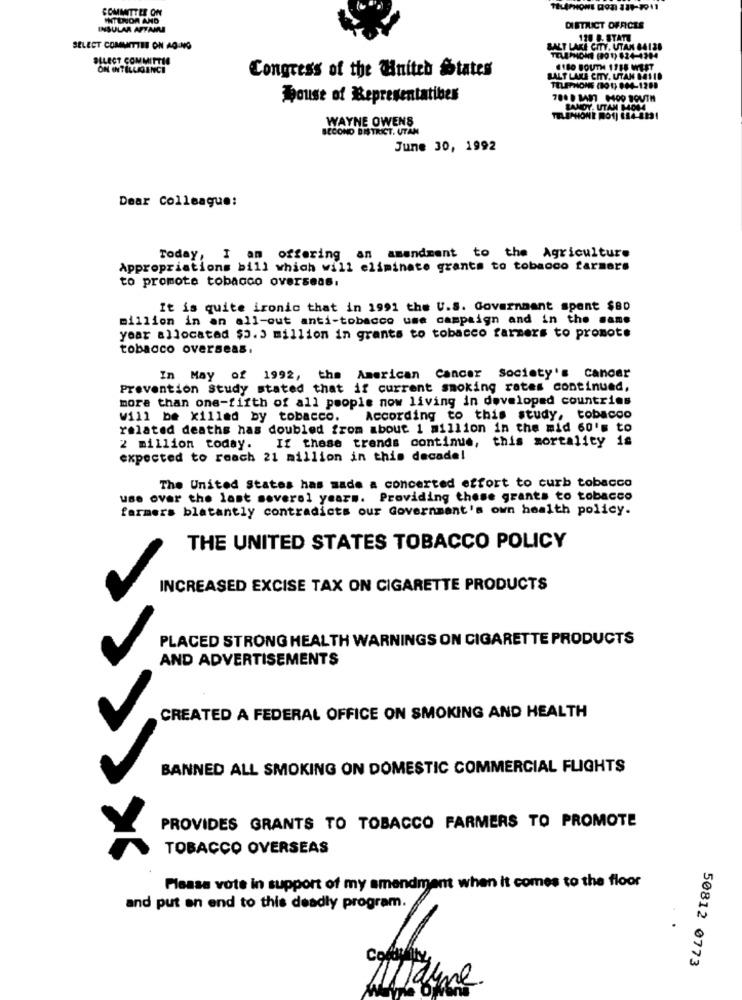
COMMITTEE ON
INTENOR AND
INSULAR AFTAMI
DISTRICT OFFICES
120 8. STATE
SELECT COMMITTEE ON AG-NG
ALT LAKE CITY, UTAN 64138
SELECT COMMITTEE
TELEPHONE (90 1) 624-4304
ON INTELLIGENCE
Congress of the United States
#180 BOUTH 1718 WEST
SALT LAKE CITY. UTAN 8411D
TELEPHONE (101) 004-1288
house of Representatives
BANDY, UTAN MON4
WAYNE OWENS
SECOND DISTRICT, UTAN
June 30, 1992
Dear Colleague:
Today, I am offering an amendment to the Agriculture
Appropriations bill which will eliminate grants to tobacco farmers
to promote tobacco overseas.
It is quite ironic that in 1991 the U.S. Government spant $80
million in an all-out anti-tobacco use campaign and in the same
year allocated $5.3 million in grants to tobacco farmers to promote
tobacco overseas.
In May of 1992, the American Cancer Society's cancer
Prevention Study stated that if current smoking rates continued,
more than one-fifth of all people now living in developed countries
Will be killed by tobacco.
According to this study, tobacco
related deaths has doubled from about 1 million in the mid 60's to
If these trends continue, this mortality is
2 million today.
expected to reach 21 million in this decade!
The United States has made a concerted effort to curb tobacco
use over the last several years. Providing these grants to tobacco
farmers blatantly contradicts our Government's own health policy.
THE UNITED STATES TOBACCO POLICY
INCREASED EXCISE TAX ON CIGARETTE PRODUCTS
PLACED STRONG HEALTH WARNINGS ON CIGARETTE PRODUCTS
AND ADVERTISEMENTS
CREATED A FEDERAL OFFICE ON SMOKING AND HEALTH
BANNED ALL SMOKING ON DOMESTIC COMMERCIAL FLIGHTS
PROVIDES GRANTS TO TOBACCO FARMERS TO PROMOTE
TOBACCO OVERSEAS
Please vote in support of my amendment when it comes to the floor
and put an end to this deadly program.
50812 0773